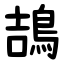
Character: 鴶